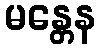
မန္တေန